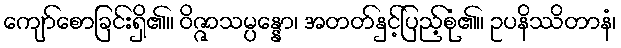
ကျော်စောခြင်းရှိ၏။ ဝိဇ္ဇာသမ္ပန္နော၊ အတတ်နှင့်ပြည့်စုံ၏။ ဥပနိဿိတာနံ၊